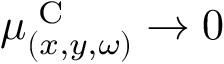
\mu _ { ( x , y , \omega ) } ^ { \textrm { C } } \rightarrow 0